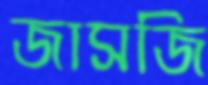
জাসজি